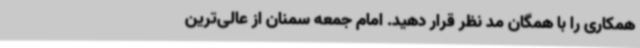
همکاری را با همگان مد نظر قرار دهید. امام جمعه سمنان از عالی‌ترین